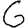
Digit: 6